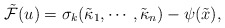
\begin{align*}\tilde {\mathcal{F}}(u)=\sigma_k(\tilde \kappa_1, \cdots,\tilde\kappa_n)-\psi(\tilde x),\end{align*}